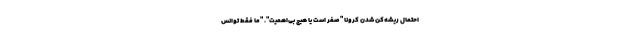
احتمال ریشه‌کن شدن کرونا "صفر است یا هیچ بی‌اهمیت". "ما فقط توانس